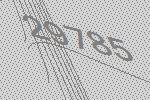
29785